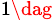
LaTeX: ^{1\dag}